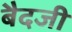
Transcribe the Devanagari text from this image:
बैदजी